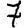
Digit: 7